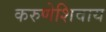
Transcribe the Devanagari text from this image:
करुणेशिवाय